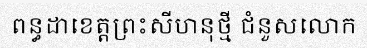
ពន្ធដាខេត្តព្រះសីហនុថ្មី ជំនួសលោក